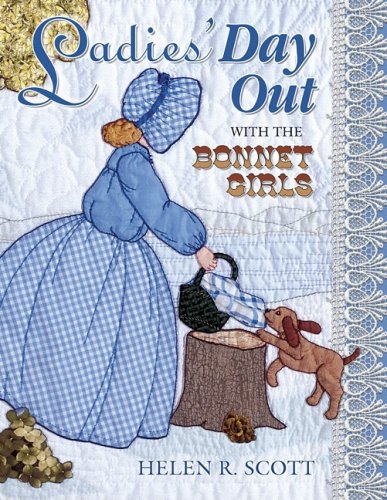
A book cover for Ladies' Day Out With The Bonnet Girls; Helen R. Scott; Crafts, Hobbies & Home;